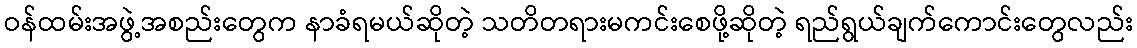
ဝန်ထမ်းအဖွဲ့အစည်းတွေက နာခံရမယ်ဆိုတဲ့ သတိတရားမကင်းစေဖို့ဆိုတဲ့ ရည်ရွယ်ချက်ကောင်းတွေလည်း